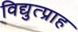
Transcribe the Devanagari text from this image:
विद्युत्प्राह